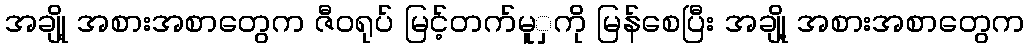
အချို့ အစားအစာတွေက ဇီဝရုပ် မြင့်တက်မူှကို မြန်စေပြီး အချို့ အစားအစာတွေက